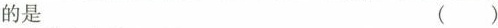
的是 ( )